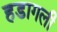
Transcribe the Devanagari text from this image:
हडागली